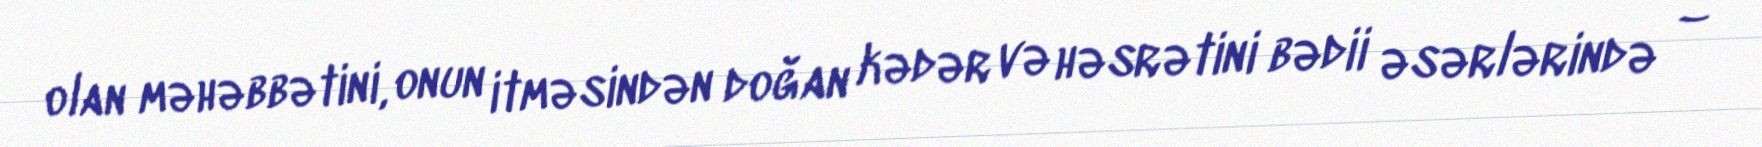
olan məhəbbətini, onun itməsindən doğan kədər və həsrətini bədii əsərlərində –